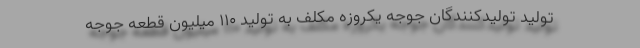
تولید تولیدکنندگان جوجه یکروزه مکلف به تولید ۱۱۰ میلیون قطعه جوجه